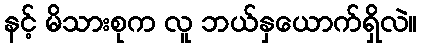
နင့် မိသားစုက လူ ဘယ်နှယောက်ရှိလဲ။